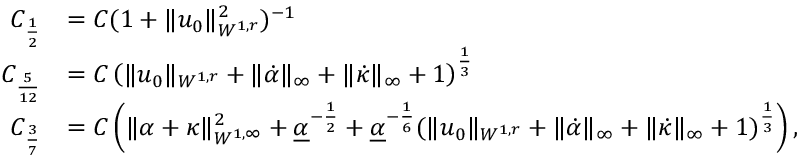
\begin{array} { r l } { C _ { \frac { 1 } { 2 } } } & { = C ( 1 + \| u _ { 0 } \| _ { W ^ { 1 , r } } ^ { 2 } ) ^ { - 1 } } \\ { C _ { \frac { 5 } { 1 2 } } } & { = C \left( \| u _ { 0 } \| _ { W ^ { 1 , r } } + \| \dot { \alpha } \| _ { \infty } + \| \dot { \kappa } \| _ { \infty } + 1 \right) ^ { \frac { 1 } { 3 } } } \\ { C _ { \frac { 3 } { 7 } } } & { = C \left( \| \alpha + \kappa \| _ { W ^ { 1 , \infty } } ^ { 2 } + \underline { { \alpha } } ^ { - \frac { 1 } { 2 } } + \underline { { \alpha } } ^ { - \frac { 1 } { 6 } } ( \| u _ { 0 } \| _ { W ^ { 1 , r } } + \| \dot { \alpha } \| _ { \infty } + \| \dot { \kappa } \| _ { \infty } + 1 ) ^ { \frac { 1 } { 3 } } \right) , } \end{array}